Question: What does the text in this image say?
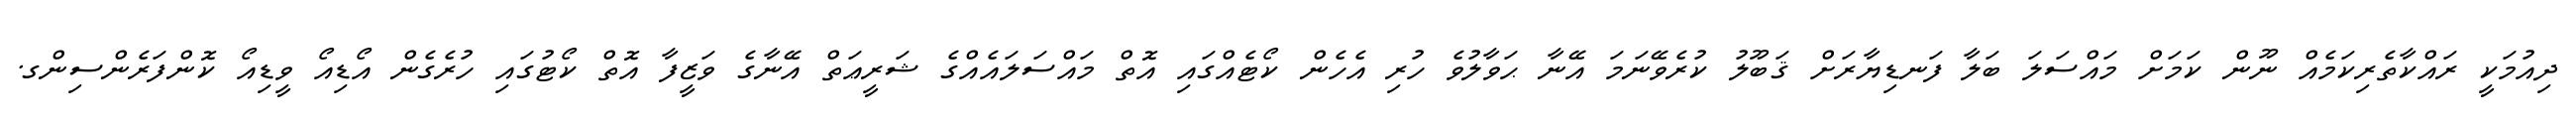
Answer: ދިއުމަކީ ރައްކާތެރިކަމެއް ނޫން ކަމަށް މައްސަލަ ބަލާ ފަނޑިޔާރަށް ޤަބޫލު ކުރެވޭނަމަ އޭނާ ޙަވާލުވެ ހުރި އެހެން ކޯޓެއްގައި އޮތް މައްސަލައެއްގެ ޝަރީޢަތް އޭނާގެ ވަޒީފާ އޮތް ކޯޓުގައި ހުރެގެން އޯޑިއޯ ވީޑިއޯ ކޮންފަރެންސިންގ.